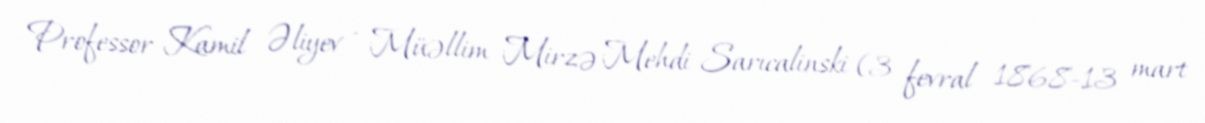
Professor Kamil Əliyev - Müəllim Mirzə Mehdi Sarıcalinski (3 fevral 1868-13 mart